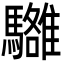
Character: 𩦼